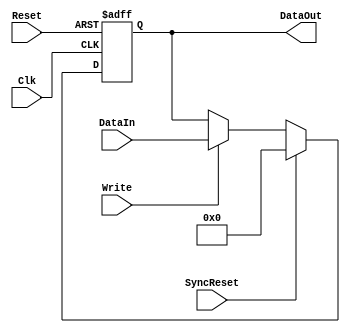
module eth_register(DataIn, DataOut, Write, Clk, Reset, SyncReset);

parameter WIDTH = 8; // default parameter of the register width
parameter RESET_VALUE = 0;

input [WIDTH-1:0] DataIn;

input Write;
input Clk;
input Reset;
input SyncReset;

output [WIDTH-1:0] DataOut;
reg    [WIDTH-1:0] DataOut;



always @ (posedge Clk or posedge Reset)
begin
  if(Reset)
    DataOut<= RESET_VALUE;
  else
  if(SyncReset)
    DataOut<= RESET_VALUE;
  else
  if(Write)                         // write
    DataOut<= DataIn;
end



endmodule